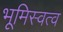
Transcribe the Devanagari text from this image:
भूमिस्वत्व